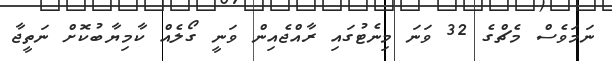
ނަމަވެސް މެޗްގެ 32 ވަނަ މިނެޓުގައި ރާއްޖެއިން ވަނީ ގޯލެއް ކާމިޔާބުކޮށް ނަތީޖާ